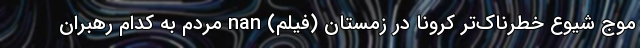
موج شیوع خطرناک‌تر کرونا در زمستان (فیلم) nan مردم به کدام رهبران